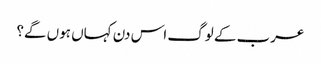
عرب کے لوگ اس دن کہاں ہوں گے؟